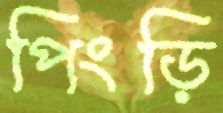
পিংড়ি